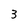
Character: 3